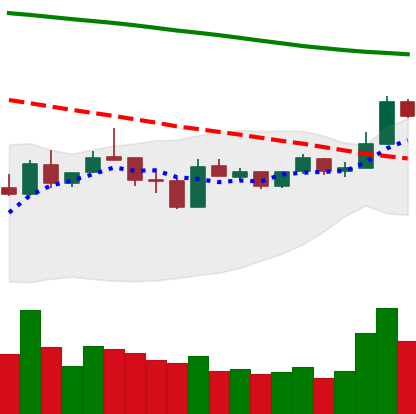
Ticker: LTC-USD
Chart end date: 2019-01-07
Forward return: -14.341%
Label: down_7plus